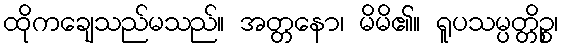
ထိုကချေသည်မသည်။ အတ္တနော၊ မိမိ၏။ ရူပသမ္ပတ္တိဉ္စ၊